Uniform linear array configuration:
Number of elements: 48
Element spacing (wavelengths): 0.25
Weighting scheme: binomial
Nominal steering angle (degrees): -45
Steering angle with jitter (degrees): -43.329
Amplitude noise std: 0.05
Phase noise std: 0.05

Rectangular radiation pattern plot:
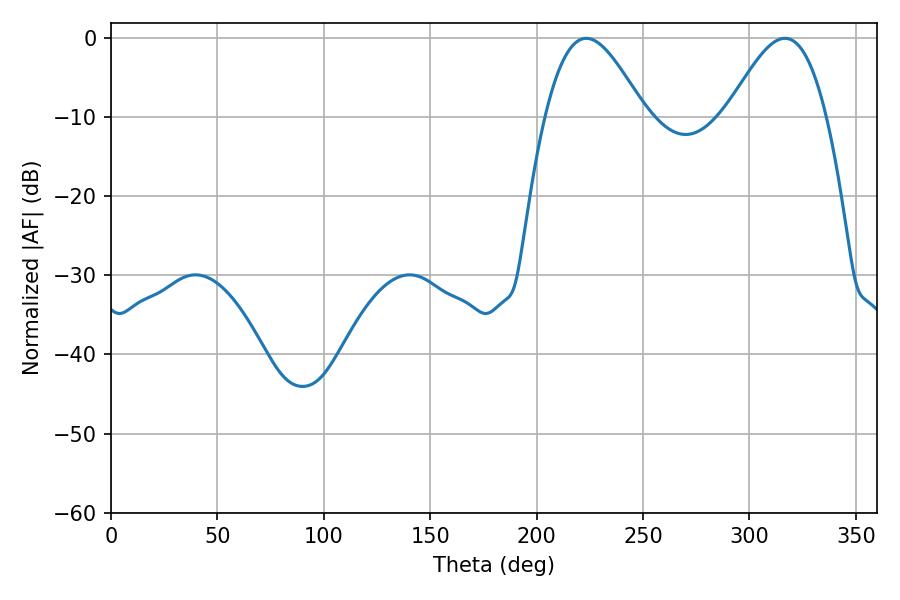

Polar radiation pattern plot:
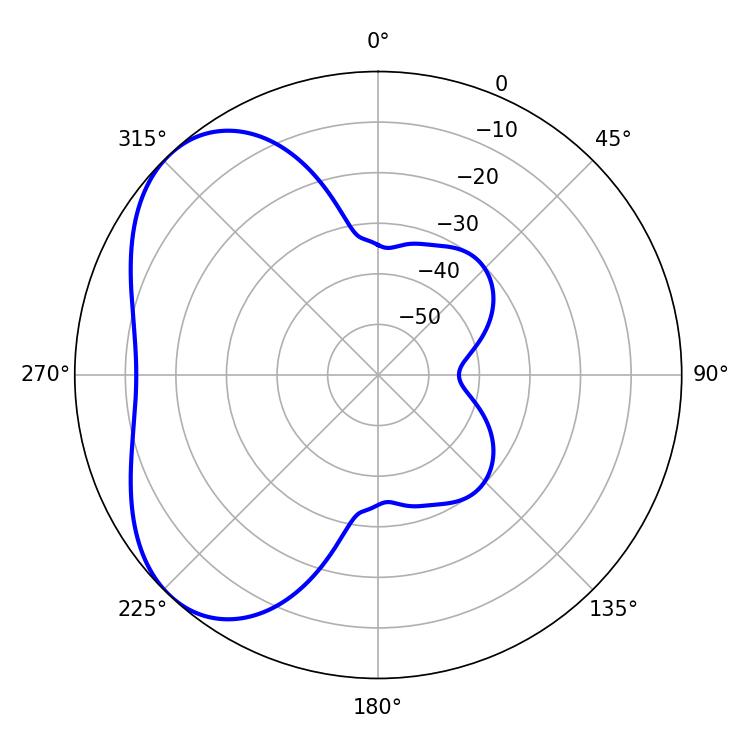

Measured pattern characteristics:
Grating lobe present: FALSE
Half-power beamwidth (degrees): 25.02
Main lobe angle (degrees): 223.38